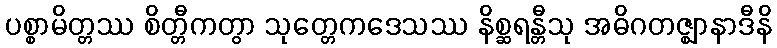
ပစ္စာမိတ္တဿ စိတ္တီကတွာ သုတ္တေကဒေသဿ နိစ္ဆရန္တီသု အဓိဂတဇ္ဈာနာဒီနိ